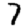
Digit: 7